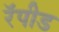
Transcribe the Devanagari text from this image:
रॅपीड